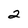
Character: 2